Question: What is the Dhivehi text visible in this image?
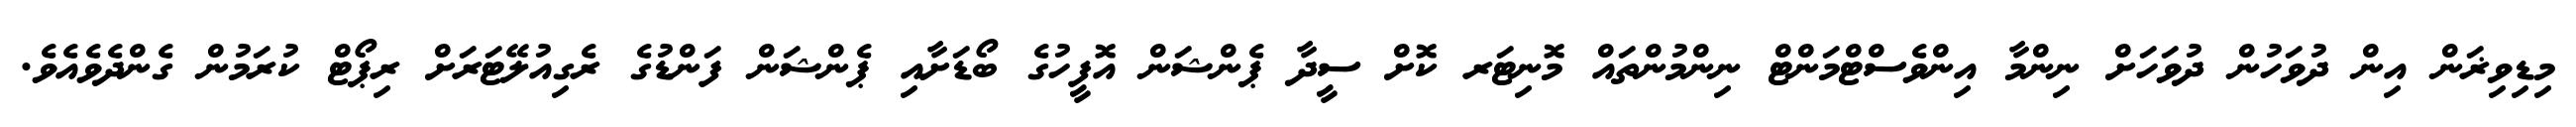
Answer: މިޑިވިޜަން އިން ދުވަހުން ދުވަހަށް ނިންމާ އިންވެސްޓްމަންޓް ނިންމުންތައް މޮނިޓަރ ކޮށް ސީދާ ޕެންޝަން އޮފީހުގެ ބޯޑަށާއި ޕެންޝަން ފަންޑުގެ ރެގިއުލޭޓަރަށް ރިޕޯޓް ކުރަމުން ގެންދެވެއެވެ.